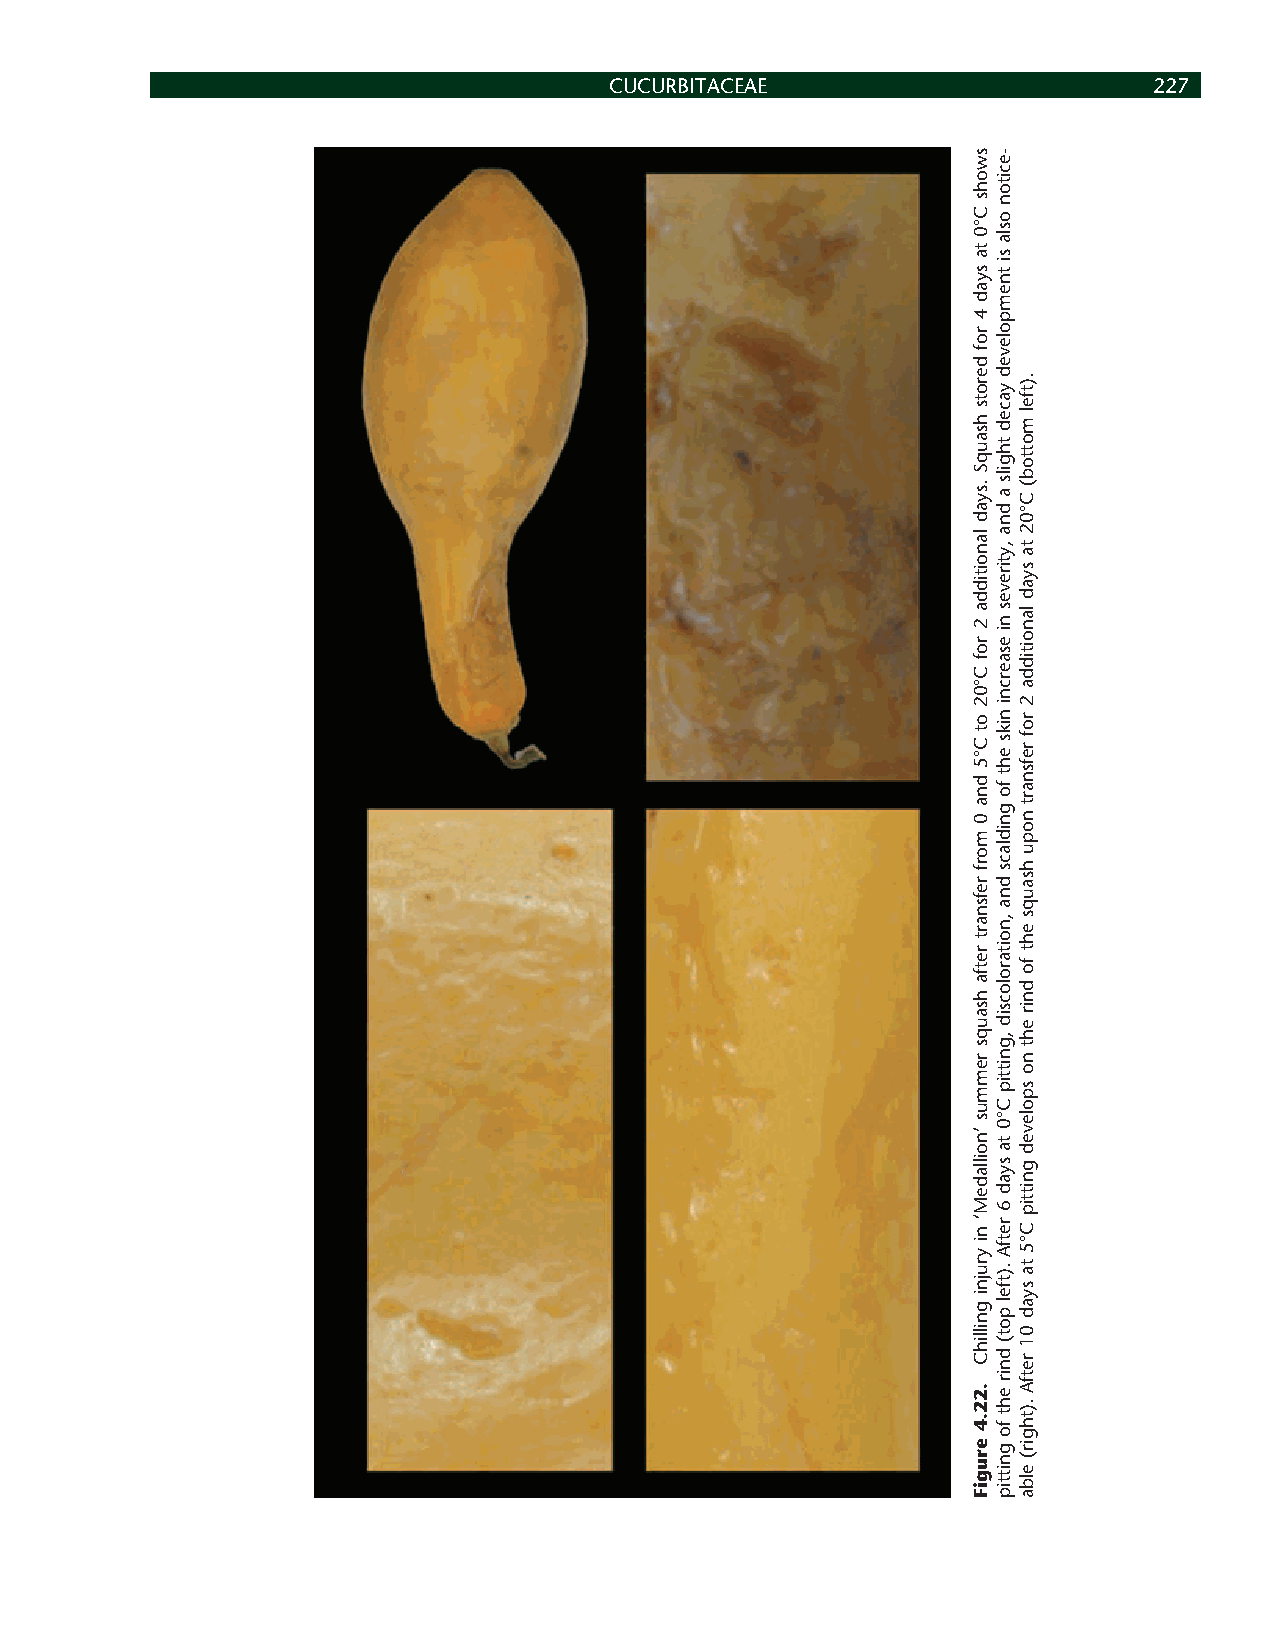
CUCURBITACEAE                       227
 swohs
 C°0
 ta
 syad
 4
 rof
 derots
 hsauqS
 .syad
 lanoitidda
 2
 rof
 C°02
 ot
 C°5
 dna
 0
 morf
 refsnart
 retfa
 hsauqs
 remmus
 ’noilladeM‘
 ni
 yrujni
 gnillihC
 .22.4
 erugiF
 -eciton
 osla
 si
 tnempoleved
 yaced
 thgils
 a
 dna
 ,ytireves
 ni
 esaercni
 niks
 eht
 fo
 gnidlacs
 dna
 ,noitarolocsid
 ,gnittip
 C°0
 ta
 syad
 6
 retfA
 .)tfel
 pot(
 dnir
 eht
 fo
 gnittip
 .)tfel
 mottob(
 C°02
 ta
 syad
 lanoitidda
 2
 rof
 refsnart
 nopu
 hsauqs
 eht
 fo
 dnir
 eht
 no
 spoleved
 gnittip
 C°5
 ta
 syad
 01
 retfA
 .)thgir(
 elba